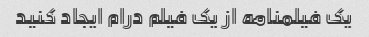
یک فیلمنامه از یک فیلم درام ایجاد کنید